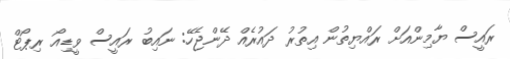
ރައީސް ޔާމިންއަށް ރައްޔިތުން އިތުރު ދައުރެއް ދޭންޖެހޭ: ނައިބު ރައީސް ވީޑިއޯ ރިޕޯޓް